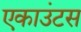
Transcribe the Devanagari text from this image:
एकाउंटस